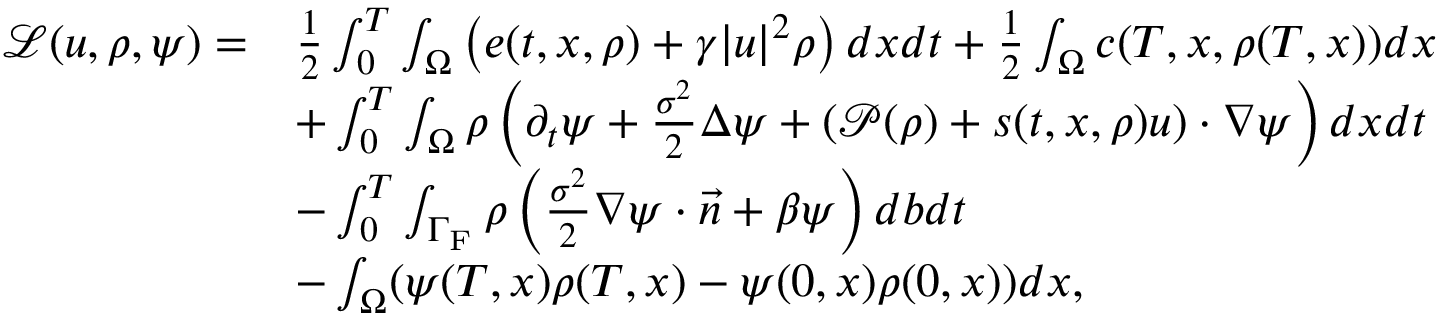
\begin{array} { r l } { \mathcal { L } ( u , \rho , \psi ) = } & { \frac { 1 } { 2 } \int _ { 0 } ^ { T } \int _ { \Omega } \left( e ( t , x , \rho ) + \gamma | u | ^ { 2 } \rho \right) d x d t + \frac { 1 } { 2 } \int _ { \Omega } c ( T , x , \rho ( T , x ) ) d x } \\ & { + \int _ { 0 } ^ { T } \int _ { \Omega } \rho \left( \partial _ { t } \psi + \frac { \sigma ^ { 2 } } { 2 } \Delta \psi + \left( \mathcal { P } ( \rho ) + s ( t , x , \rho ) u \right) \cdot \nabla \psi \right) d x d t } \\ & { - \int _ { 0 } ^ { T } \int _ { \Gamma _ { \mathrm { F } } } \rho \left( \frac { \sigma ^ { 2 } } { 2 } \nabla \psi \cdot \vec { n } + \beta \psi \right) d b d t } \\ & { - \int _ { \Omega } ( \psi ( T , x ) \rho ( T , x ) - \psi ( 0 , x ) \rho ( 0 , x ) ) d x , } \end{array}